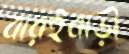
বারইবাড়ী